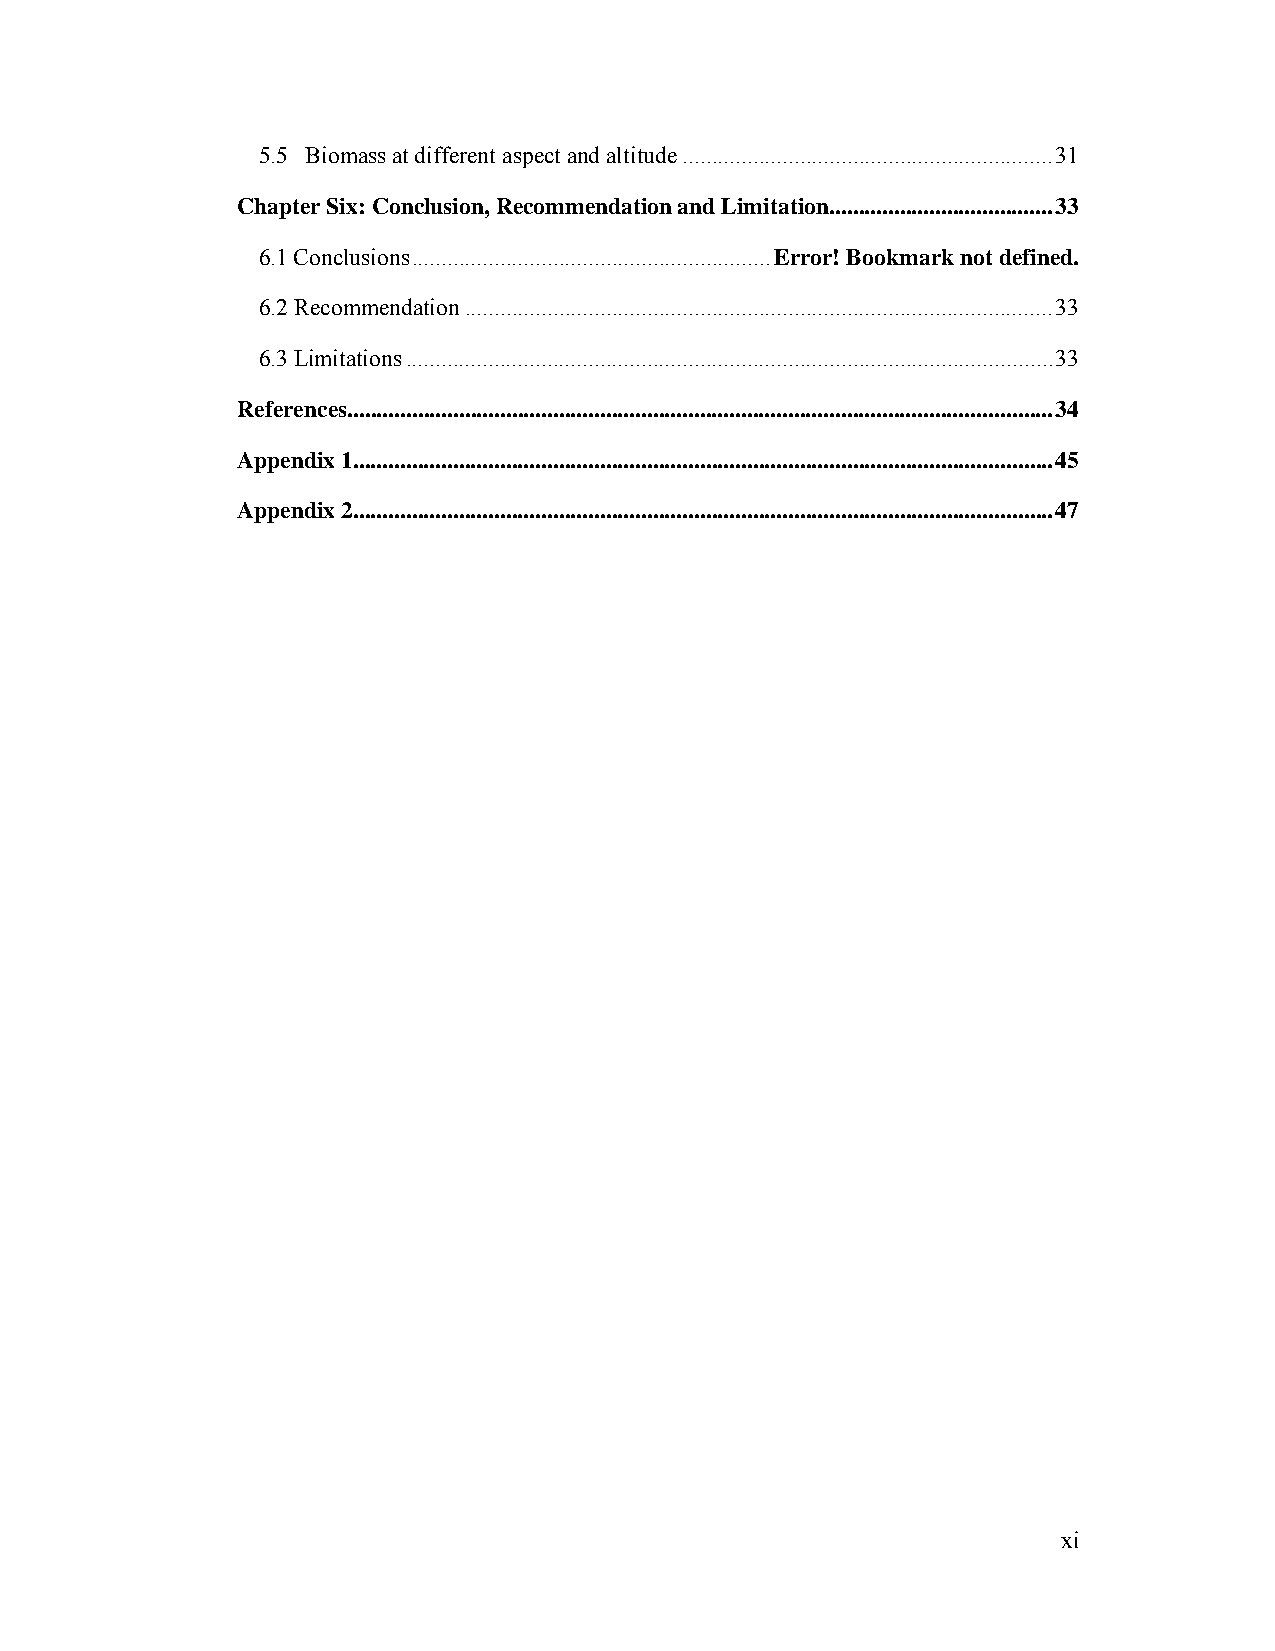
5.5 Biomass at different aspect and altitude ............................................................... 31
 Chapter Six: Conclusion, Recommendation and Limitation ...................................... 33
 6.1 Conclusions ............................................................. Error! Bookmark not defined.
 6.2 Recommendation .................................................................................................... 33
 6.3 Limitations .............................................................................................................. 33
 References ........................................................................................................................ 34
 Appendix 1 ....................................................................................................................... 45
 Appendix 2 ....................................................................................................................... 47
 xi